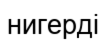
нигерді